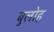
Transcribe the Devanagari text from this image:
बुलोह